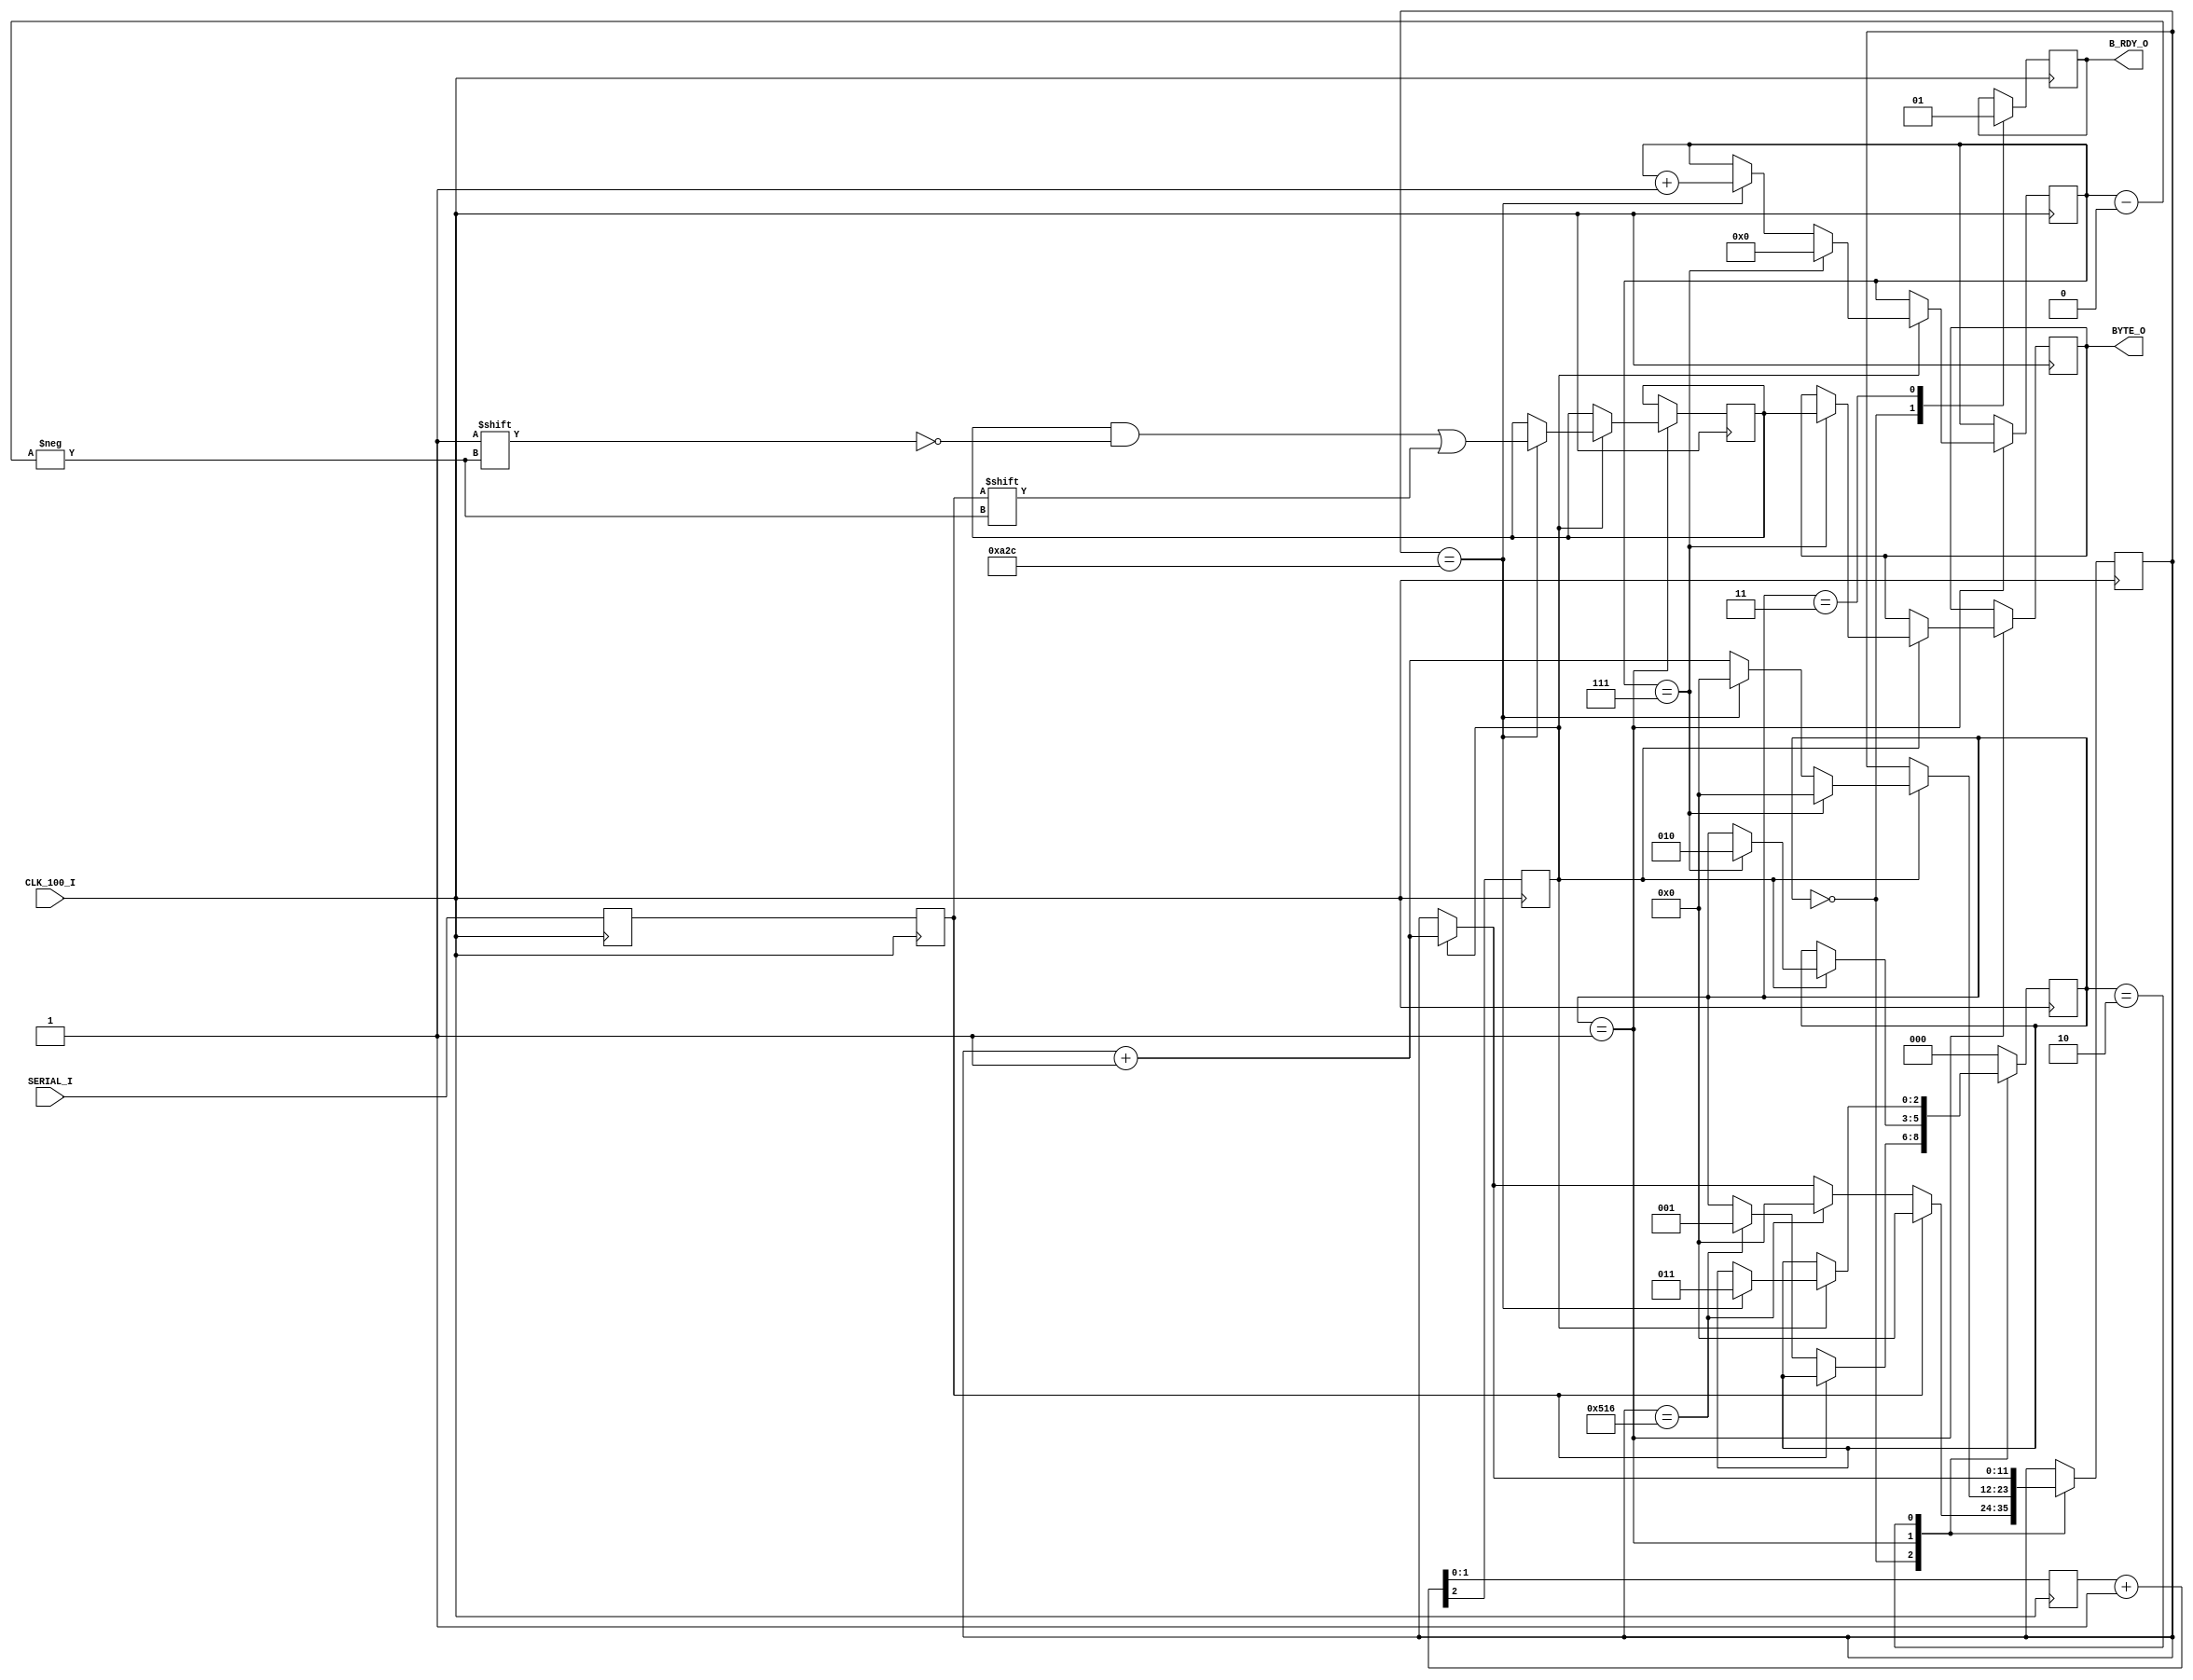
module Serial_RX(
    input CLK_100_I,
    input SERIAL_I,
    output reg [7:0] BYTE_O,
    output reg B_RDY_O
    );
    
    reg Ser_BUF1, SER_BUF2;
    reg [1:0] QTR_CNT; // 1/4 Clock speed div
    reg Baud_STRB; //25 mhz strobe and byte ready
    reg [11:0] Baud_CNT, BAUD = 12'd2604, HBAUD = 12'd1302; // baud_CNT(counter) BAUD(25mhz /9600) Hbaud = Half baud count
    reg [2:0] STATE; // 4 states for rx byte
    reg [3:0] BYTE_CNT;
    reg [7:0] BYTE;
    
 always @ (posedge CLK_100_I) // Double Buffer Incoming IO
 begin
 Ser_BUF1 <= SERIAL_I;
 SER_BUF2 <= Ser_BUF1;
 end
   
 
 
 always @ (posedge CLK_100_I)
   begin
   {Baud_STRB, QTR_CNT} <= QTR_CNT + 1; // Strobe at 25 MHZ
   case(STATE)
   1'b00 : // IDLE STATE - CHECK FOR START BIT
           begin
           B_RDY_O <= 0;
           if (SER_BUF2 == 0) // IN idle detect start bit
               begin
               if (Baud_STRB) // CHECK FOR 25 mhz Strobe
                    begin
                    Baud_CNT <=Baud_CNT+1; // increment baud counter
                    end
               if (Baud_CNT == HBAUD) // Sync to mid of start bit
                    begin
                    STATE <= 2'b01; // Move to Byte build state 01
                    Baud_CNT <= 0;  // set Baud counter back to 0
                    end   
               end
              if(SER_BUF2) // If start bit goes high reset idle 
              Baud_CNT <= 0;
           end
           
   1'b01: // Build Byte
       if (Baud_STRB) // Check for 25 mhz strobe
        begin
        Baud_CNT <=Baud_CNT+1; // increment baud counter
        if (Baud_CNT == BAUD) // at mid bit of byte increment byte cnter reset baud count
            begin
            Baud_CNT <= 0;
            BYTE[BYTE_CNT] <= SER_BUF2; // transfer bit to appropriate byte position
            BYTE_CNT <= BYTE_CNT + 1; // Increment Byte_CNT (Position in current byte build
            end
        if (BYTE_CNT == 3'b111) // Is byte FUll? 
            begin
            Baud_CNT <= 0; // reset baud counter
            STATE <= 2'b10; // change to stop bit state
            BYTE_CNT <= 0; // reset Byte COunter
            BYTE_O <=BYTE;  // transfer byte to Output register
            end
        end
    2'b10: // idle through stop bit
        if(Baud_STRB)
        begin
        Baud_CNT <= Baud_CNT+1;
         if (Baud_CNT == BAUD)
           STATE <=3; // change to clean up state
        end
     2'b11: // cleanup state signal Output byte ready
            begin
             B_RDY_O <= 1; // strobe byte ready for one clock sutable for fifo write
             STATE <= 0; // go back to idle-wait
            end    
       default :
       begin
       STATE <=0;
       end 
   endcase
   end 
 
 
 
endmodule